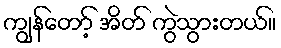
ကျွန်တော့် အိတ် ကွဲသွားတယ်။